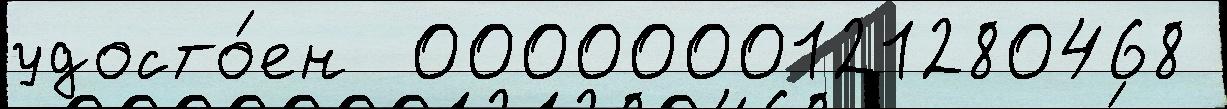
удосто́ен  0000000121280468